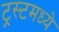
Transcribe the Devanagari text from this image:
ट्रस्टमध्ये